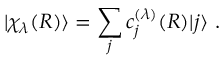
| \chi _ { \lambda } ( R ) \rangle = { \displaystyle \sum _ { j } c _ { j } ^ { ( \lambda ) } ( R ) } | j \rangle \, \, .